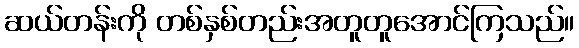
ဆယ်တန်းကို တစ်နှစ်တည်းအတူတူအောင်ကြသည်။